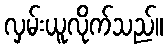
လှမ်းယူလိုက်သည်။